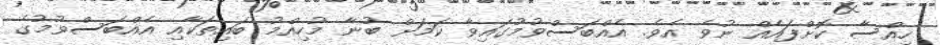
ހިއްސާ ކޮށްފައެއް ނުވެ އެވެ. އެއްބަސްވުމުގައިވާ ކަމަށް ބުނާ މުހިއްމު ބައިތަކާއި އެއްބަސްވުމުގެ